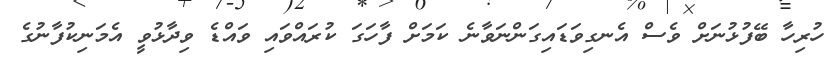
ހުރިހާ ބޭފުޅުނަށް ވެސް އެނގިވަޑައިގަންނަވާނެ ކަމަށް ފާހަގަ ކުރައްވައި ވައްޑެ ވިދާޅުވީ އެމަނިކުފާނުގެ